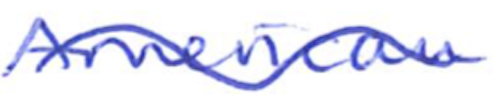
Text: American
Cross-out: wave
Writing tool: ballpoint